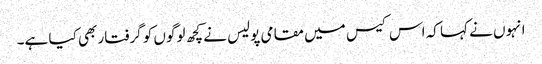
انہوں نے کہا کہ اس کیس میں مقامی پولیس نے کچھ لوگوں کو گرفتار بھی کیا ہے۔